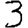
Digit: 3